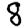
Digit: 8